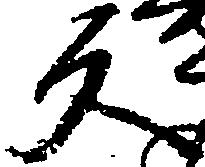
反